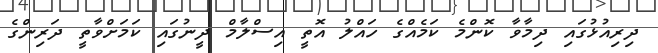
ދިރިއުޅުގައި ދިމާވާ ކޮންމެ ކަމެއްގެ ހައްލު އޮތީ އިސްލާމް ދީނުގައި ކަމަށްވާތީ ދަރިންގެ